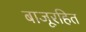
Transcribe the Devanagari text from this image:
बाजूरहित